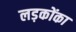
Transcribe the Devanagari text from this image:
लड़कोंका